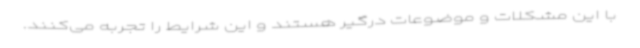
با این مشکلات و موضوعات درگیر هستند و این شرایط را تجربه می‌کنند.